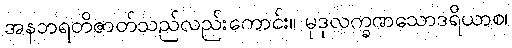
အနဘရတိဇာတ်သည်လည်းကောင်း။ မုဒုလက္ခဏသောဒရိယာစ၊